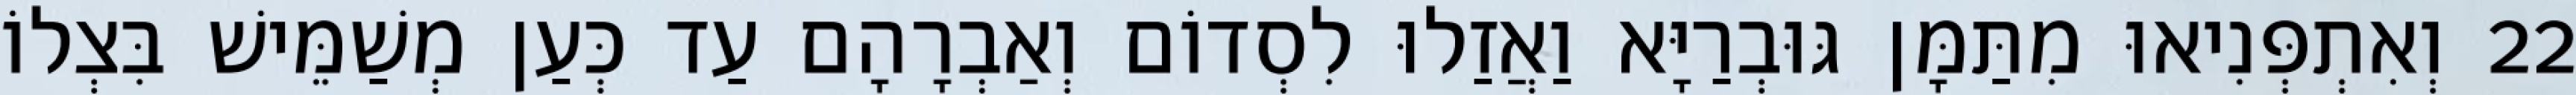
22 וְאִתְפְּנִיאוּ מִתַּמָּן גּוּבְרַיָּא וַאֲזַלוּ לִסְדוֹם וְאַבְרָהָם עַד כְּעַן מְשַׁמֵּישׁ בִּצְלוֹ